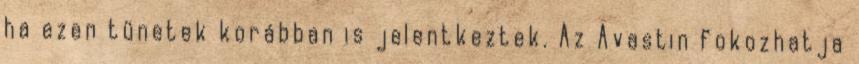
ha ezen tünetek korábban is jelentkeztek. Az Avastin fokozhatja